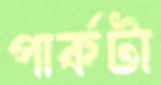
পার্কটা